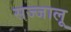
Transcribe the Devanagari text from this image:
सज्जालू